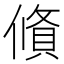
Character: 𬿩